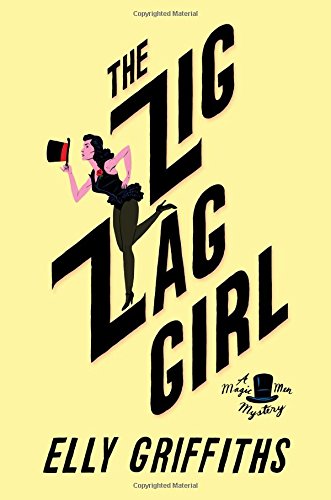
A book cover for The Zig Zag Girl (Magic Men Mystery); Elly Griffiths; Mystery, Thriller & Suspense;